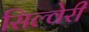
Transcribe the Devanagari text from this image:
सिल्वेरी